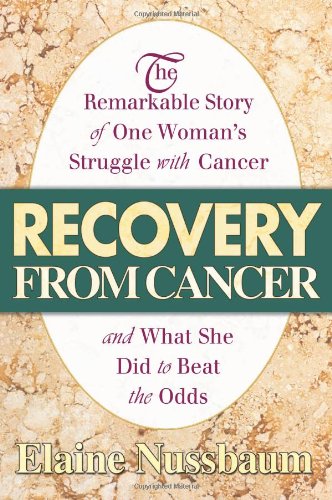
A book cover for Recovery from Cancer: The Remarkable Story of One Woman's Struggle with Cancer; Elaine Nussbaum; Health, Fitness & Dieting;